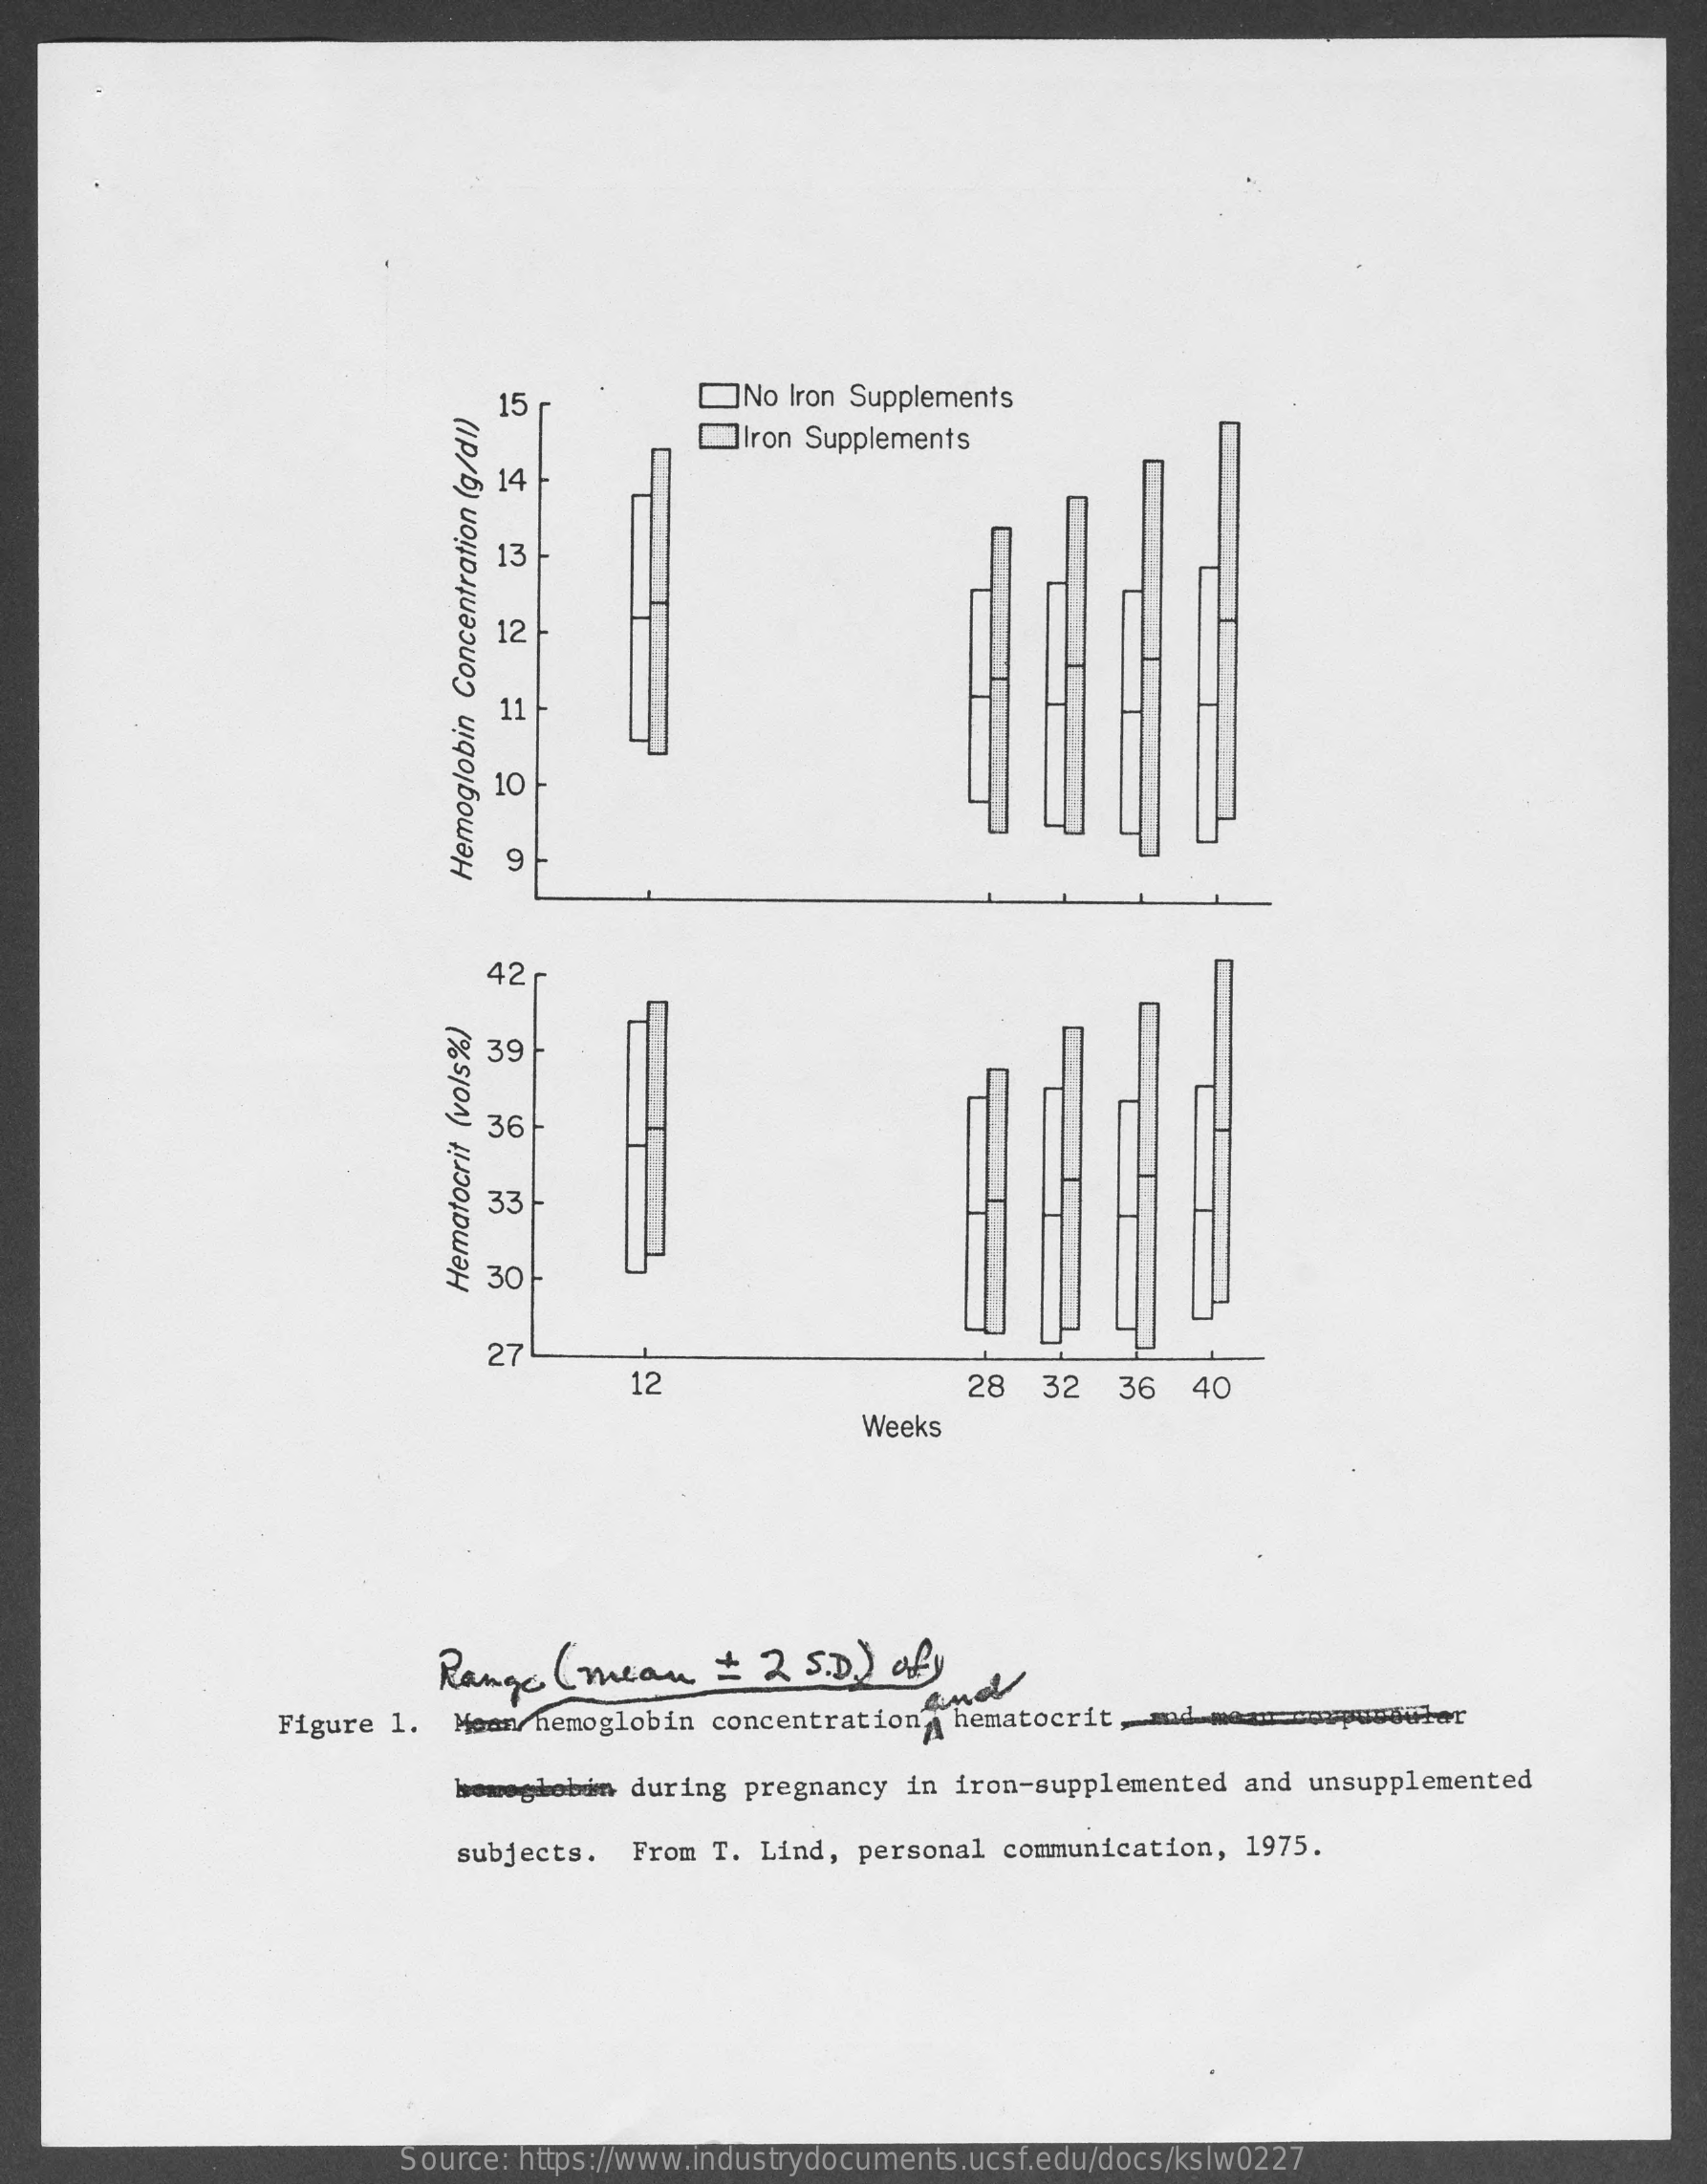
15    No Iron Supplements
     Iron Supplements
     13
     12
     11
     10 }
     9
     Hemoglobin
     Concentration
     (g/dl)
     42
     39
     36
     33
     30
     Hematocrit
     (vols%)
     27
     12    28  32  36  40
     Weeks
     Range  ( mean  +  2 5.D. ) ofy
     Figure 1. Monn/hemoglobin concentration hematocrit, mid maan copusoufor
     beweghobim during pregnancy in iron-supplemented and unsupplemented
     subjects. From T. Lind, personal communication, 1975.
     Source: https://www.industrydocuments.ucsf.edu/docs/kslw0227